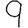
Digit: 9